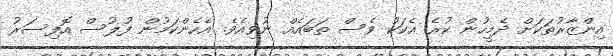
އިންޒާރުތަކަށް ދެމީހުން ކުރެ އެކަކު ވެސް ތަބައެއް ނުވިއެވެ. އެހެންކަމުން ފުލުސް އޮފިސަރު